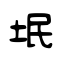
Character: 垊